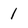
Character: 1